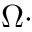
\Omega \cdot